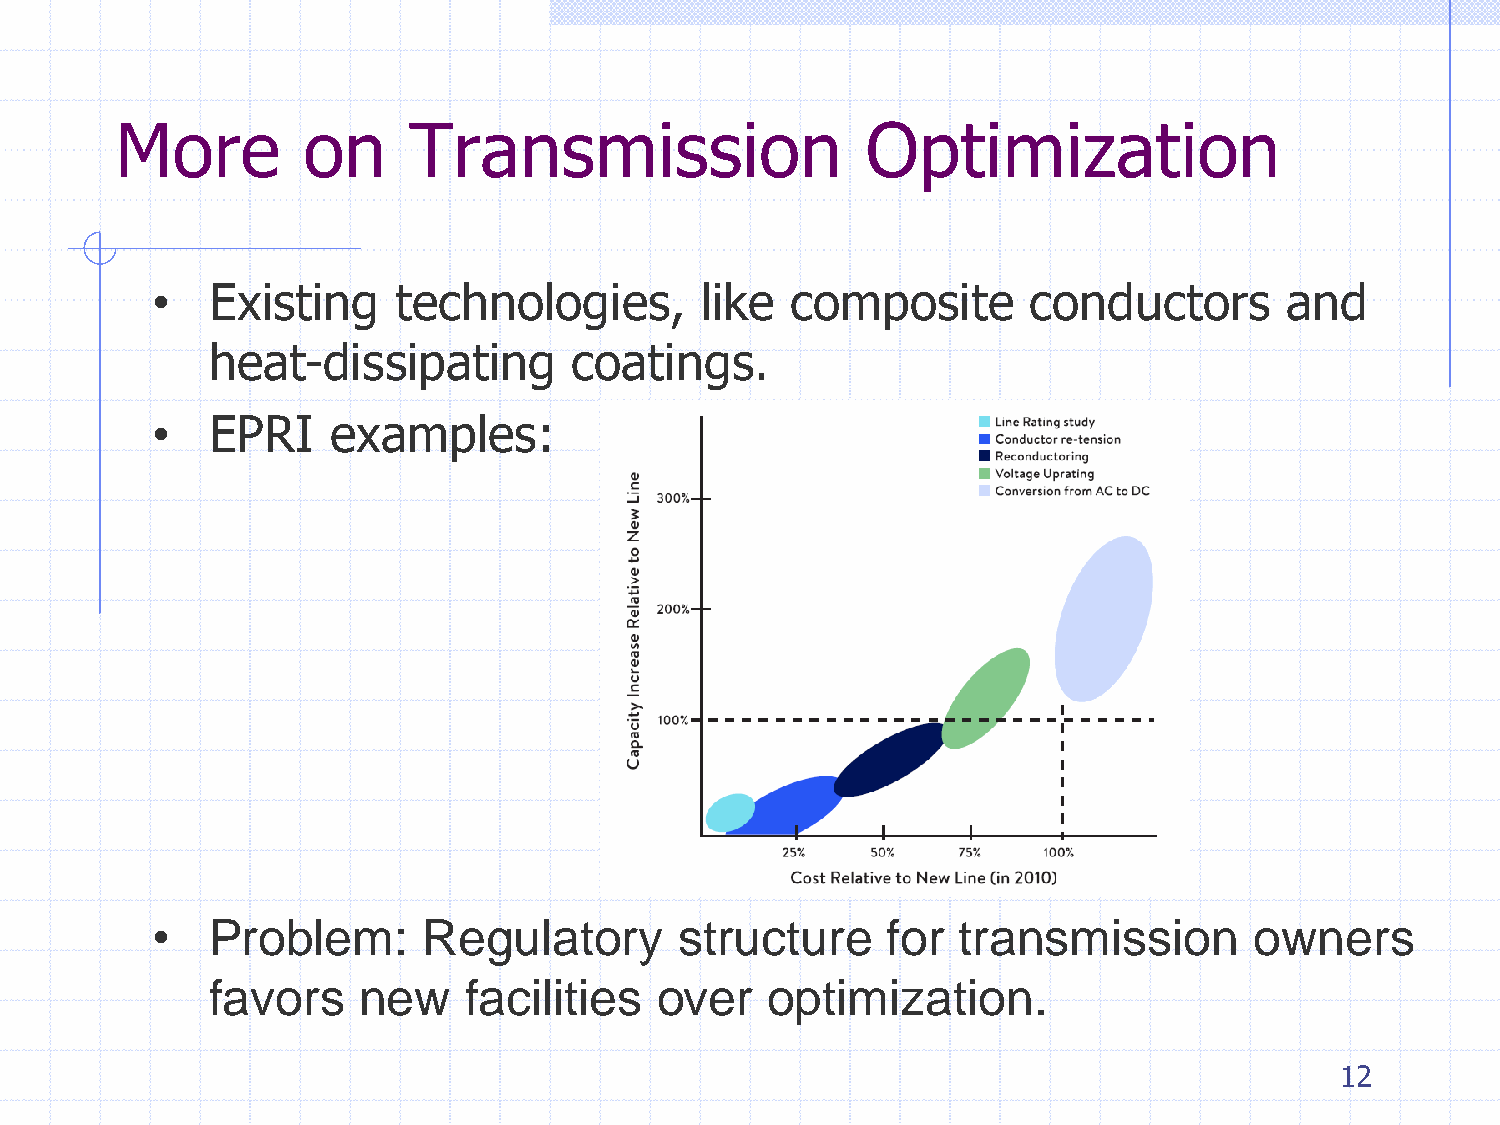
More        on     Transmission                  Optimization
 •   Existing    technologies,       like  composite       conductors       and
 heat-dissipating        coatings.
 •   EPRI    examples:
 •   Problem:      Regulatory       structure     for  transmission       owners
 favors    new    facilities  over    optimization.
 12